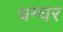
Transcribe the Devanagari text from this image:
धग्घर